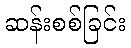
ဆန်းစစ်ခြင်း